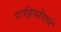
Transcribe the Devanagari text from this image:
दाढ़ियोंवाले